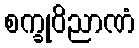
စက္ခုဝိညာဏံ